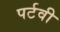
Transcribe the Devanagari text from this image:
पर्टवी